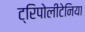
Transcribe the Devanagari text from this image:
ट्रिपोलीटेनिया